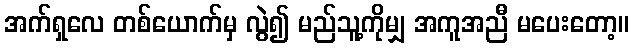
အက်ရှလေ တစ်ယောက်မှ လွဲ၍ မည်သူ့ကိုမျှ အကူအညီ မပေးတော့။